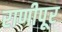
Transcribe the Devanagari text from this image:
राणीपूर